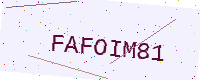
Text: FAFOIM81